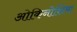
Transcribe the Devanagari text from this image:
ओकिनोशिमा